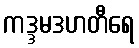
ကဒ္ဒမဒဟတီရေ